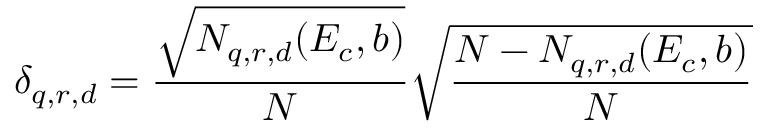
\delta _ { q , r , d } = \frac { \sqrt { N _ { q , r , d } ( E _ { c } , b ) } } { N } \sqrt { \frac { N - N _ { q , r , d } ( E _ { c } , b ) } { N } }